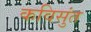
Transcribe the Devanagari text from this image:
कविसुंत